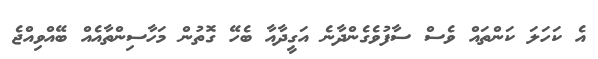
އެ ކަހަލަ ކަންތައް ވެސް ސާފުވެގެންދާނެ އަގީދާއާ ބެހޭ ގޮތުން މަހާސިންތާއެއް ބޭއްވިއްޖެ